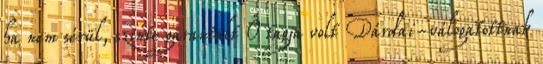
ha nem sérül, szinte garantált Ő tagja volt Dárdai-válogatottnak